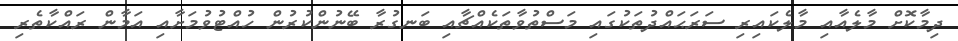
ދިމާކޮށް މާލެއާއި މާލެކައިރި ސަރަޙައްދުތަކުގައި މަސްތުވާތަކެއްޗާއި ބަނގުރާ ބޭނުންކުރުން ހުއްޓުވުމަށާއި އަމާން ރައްކާތެރި